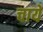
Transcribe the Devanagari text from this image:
चायें